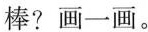
棒?画一画。